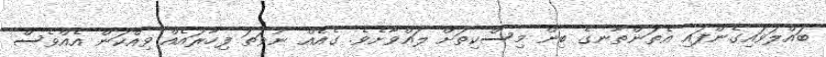
ބައްލަވައިގެންފައި އެތަންތާނގެ ބިން މިސްކިތަށް ލައްވާށެވެ. ގެއެއް ނުވަތަ ފިހާރައެއް ވިއްކަން އެއްވެސް